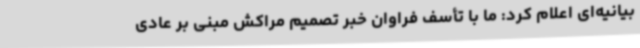
بیانیه‌ای اعلام کرد: ما با تأسف فراوان خبر تصمیم مراکش مبنی بر عادی